Annual report of the Punjab Veterinary College and of the Civil Veterinary Department, Punjab - 1926-1932
Year: 1926
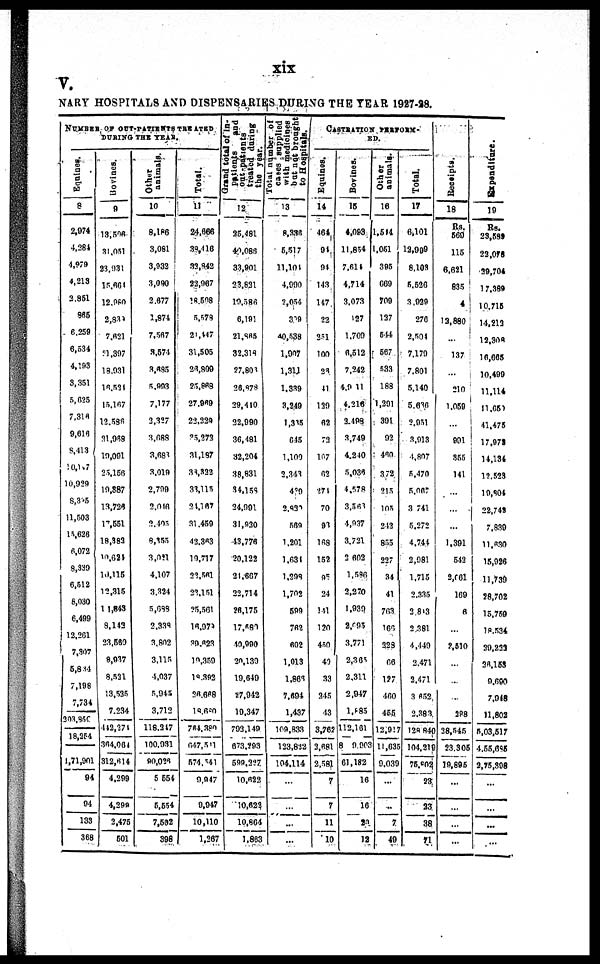
xix
V.
NARY HOSPITALS AND DISPENSARIES DURING THE YEAR 1927-28.
NUMBER OF OUT-PATIENTS TREATED
DURING THE YEAR.
Equines.
8
2,974
4,284
4,979
4,213
2,861
865
6,259
6,534
4,193
3,351
5,625
7,316
9,616
8,413
10,147
10,929
8,335
11,503
15,626
6,072
8,339
6,512
8,030
6,499
12,261
7,307
5,844
7,198
7,734
203,850
18,254
1,71,901
94
94
133
368
Bovines.
9
13,506
31,051
23,931
15,661
12,980
2,839
7,621
31,397
18,931
16,534
15,167
12,586
31,968
19,091
25,156
10,887
13,726
17,551
18,882
10,624
10,115
12,315
14,843
8,142
23,560
8,937
8,531
13,535
7,234
442,274
364,064
312,414
4,299
4,299
2,476
601
O ther
animals.
10
8,166
3,081
3,932
3,090
2,677
1,874
7,567
3,574
3,685
5,993
7,177
2,327
3,688
3,688
3,019
2,799
2,016
2,405
8,355
3,021
4,107
3,324
5,688
2,338
3,802
3,115
4,037
5.045
3,712
118,247
100.931
90,026
5,664
6,554
7,502
398
Total.
11
24,666
38,416
33,842
22,967
18,508
5,578
21,447
31,506
26,809
25,868
27,969
22,229
35,273
31,187
38,322
33,115
24,167
31,459
43,363
19,717
22,561
23,151
25,561
16,979
39,623
19,359
18,392
26,668
18,680
764,380
647,541
576,541
9,947
9,947
10,110
1,367
Grand total of in-
patients and
out-patients
treated during
the year.
12
35,481
40,088
33,901
23,831
19,586
6,191
21,865
32,318
27,801
26,878
29,440
22,990
36,481
32,204
38,831
34,159
24,991
31,930
43,776
20,122
24,667
22,714
26,175
17,680
40,990
20,139
10,640
27,942
19,347
793,149
673,293
599,227
10,622
10,622
10,864
1,863
T
otal number of
cases supplied
with medicines
but
not brought
to Hospitals.
13
6,356
5,517
11,104
4,990
2,054
399
40,538
1,907
1,311
1,339
3,249
1,365
645
1,100
2,343
439
2,830
569
1,201
1,634
1,298
1,702
599
762
602
1,013
1,866
7,604
1,437
109,833
123,812
104,114
...
...
...
...
CASTRATION PERFORM-
ED.
Equines.
14
464
94
94
143
147
22
251
100
23
41
139
62
73
167
62
274
70
96
168
152
95
24
141
120
450
40
33
245
43
3,762
3,681
2,581
7
7
11
10
Bovines.
15
4,093
11,854
7,614
4,714
3,073
127
1,709
6,512
7,242
4,911
4,216
2,498
3,749
4,240
5,036
4,578
3,568
4,937
3,721
3,602
1,586
2,270
1,939
2,093
3,771
2,365
2,311
2,947
1,685
112,161
8 9,903
61,182
16
16
20
12
Other
animals.
16
1,544
1,051
395
660
709
127
544
567
533
188
1,301
301
92
460
372
215
105
243
855
227
34
41
763
166
228
66
127
460
455
12,917
11,635
9,039
...
...
7
49
Total.
17
6,101
12,999
8,103
5,526
3,929
276
2,504
7,170
7,801
5,140
5,636
2,951
3,013
4,807
5,470
5,067
3,741
5,272
4,744
2,081
1,715
2,335
3,843
2,381
4,440
2,471
2,471
3,652
2,383
128,840
104,219
76,802
23
23
38
71
Receipts.
18
Rs.
560
116
6,621
835
4
12,880
...
137
...
210
1,059
...
901
355
141
...
...
...
1,391
542
2,061
169
6
...
2,510
...
...
...
388
38,545
23,305
19,895
...
...
...
...
Expenditure.
19
Rs.
23,589
22,078
29,704
17,389
10,715
14,213
12,306
16,665
10,490
11,114
11,650
41,476
17,972
14,134
12,523
19,804
22,742
7,839
11,630
15,926
11,730
28,702
15,759
18,534
39,222
36,153
9,690
7,946
11,802
5,03,517
4.66,685
2,75,396
...
...
...
...